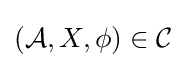
({\mathcal {A}},X,\phi )\in {\mathcal {C}}